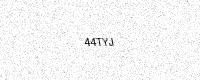
Text: 44TYJ